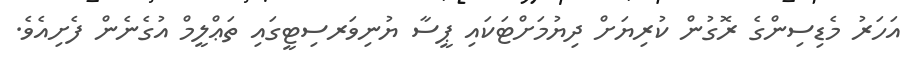
އަހަރު މެޑިސިންގެ ރޮގުން ކުރިޔަށް ދިޔުމަށްޓަކައި ޕީސާ ޔުނިވަރސިޓީގައި ތަޢްލީމް އުގެނެން ފެށިއެވެ.